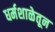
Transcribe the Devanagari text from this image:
धर्मशाळेतून